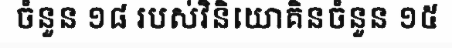
ចំនួន ១៨ របស់វិនិយោគិនចំនួន ១៥